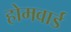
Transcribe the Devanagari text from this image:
होमवार्ड